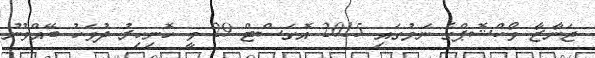
ޖަނާޒާ ވޯކްޝޮޕްގެ ނަމުގައި 2015 އޮގަސްޓް 29 ވީ ހޮނިހިރު ދުވަހު ބޭއްވުނު